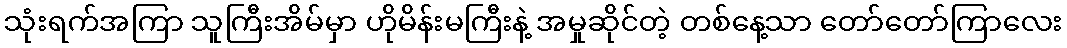
သုံးရက်အကြာ သူကြီးအိမ်မှာ ဟိုမိန်းမကြီးနဲ့ အမှုဆိုင်တဲ့ တစ်နေ့သာ တော်တော်ကြာလေး